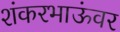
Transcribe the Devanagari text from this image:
शंकरभाऊंवर